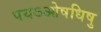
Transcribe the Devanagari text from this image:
पयऽओषधिषु